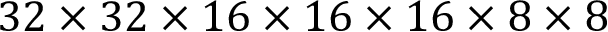
3 2 \times 3 2 \times 1 6 \times 1 6 \times 1 6 \times 8 \times 8